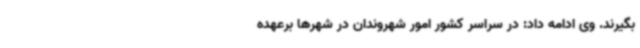
بگیرند. وی ادامه داد: در سراسر کشور امور شهروندان در شهرها برعهده